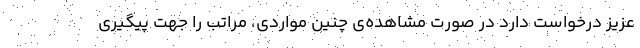
عزیز درخواست دارد در صورت مشاهده‌ی چنین مواردی، مراتب را جهت پیگیری